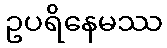
ဥပရိနေမဿ